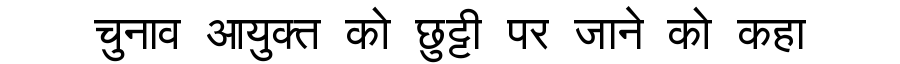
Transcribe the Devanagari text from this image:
चुनाव आयुक्त को छुट्टी पर जाने को कहा